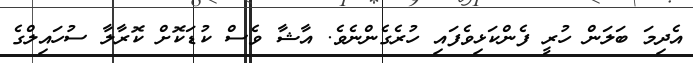
އެދިމަ ބަލަން ހުރީ ފެންކަޅިވެފައި ހުރެގެންނެވެ. އާޝާ ވެސް ކުޑަކޮށް ކޮރާލާ ސުހައިލްގެ